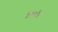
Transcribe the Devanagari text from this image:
लिफ्टेड